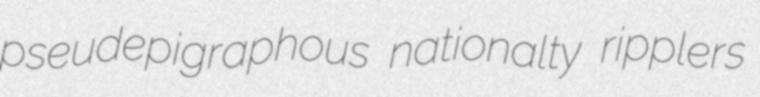
pseudepigraphous nationalty ripplers